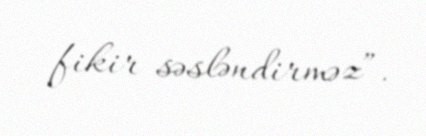
fikir səsləndirməz”.